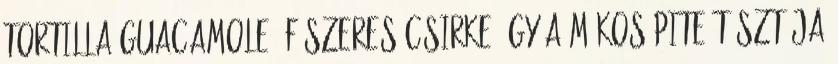
Tortilla guacamole, fűszeres csirke Így a mákos pite tésztája